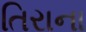
તિરાના